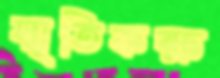
স্মৃতিকক্ষ